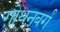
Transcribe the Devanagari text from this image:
गोथनबर्गं